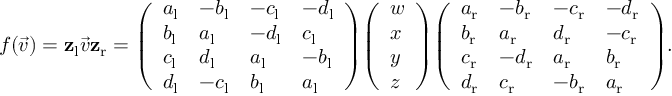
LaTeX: f ( { \vec { v } } ) = \mathbf { z } _ { \mathrm { { l } } } { \vec { v } } \mathbf { z } _ { \mathrm { { r } } } = { \left( \begin{array} { l l l l } { a _ { \mathrm { { l } } } } & { - b _ { \mathrm { { l } } } } & { - c _ { \mathrm { { l } } } } & { - d _ { \mathrm { { l } } } } \\ { b _ { \mathrm { { l } } } } & { a _ { \mathrm { { l } } } } & { - d _ { \mathrm { { l } } } } & { c _ { \mathrm { { l } } } } \\ { c _ { \mathrm { { l } } } } & { d _ { \mathrm { { l } } } } & { a _ { \mathrm { { l } } } } & { - b _ { \mathrm { { l } } } } \\ { d _ { \mathrm { { l } } } } & { - c _ { \mathrm { { l } } } } & { b _ { \mathrm { { l } } } } & { a _ { \mathrm { { l } } } } \end{array} \right) } { \left( \begin{array} { l } { w } \\ { x } \\ { y } \\ { z } \end{array} \right) } { \left( \begin{array} { l l l l } { a _ { \mathrm { { r } } } } & { - b _ { \mathrm { { r } } } } & { - c _ { \mathrm { { r } } } } & { - d _ { \mathrm { { r } } } } \\ { b _ { \mathrm { { r } } } } & { a _ { \mathrm { { r } } } } & { d _ { \mathrm { { r } } } } & { - c _ { \mathrm { { r } } } } \\ { c _ { \mathrm { { r } } } } & { - d _ { \mathrm { { r } } } } & { a _ { \mathrm { { r } } } } & { b _ { \mathrm { { r } } } } \\ { d _ { \mathrm { { r } } } } & { c _ { \mathrm { { r } } } } & { - b _ { \mathrm { { r } } } } & { a _ { \mathrm { { r } } } } \end{array} \right) } .